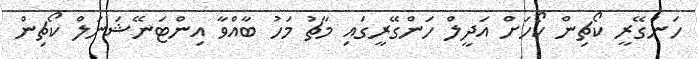
ހަންގޭރީ ކޯޗިން ކޯހަށް އަދީލް ހަންގޭރީގައި މާޗު މަހު ބާއްވާ އިންޓަނޭޝަނަލް ކޯޗިން